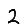
Digit: 2